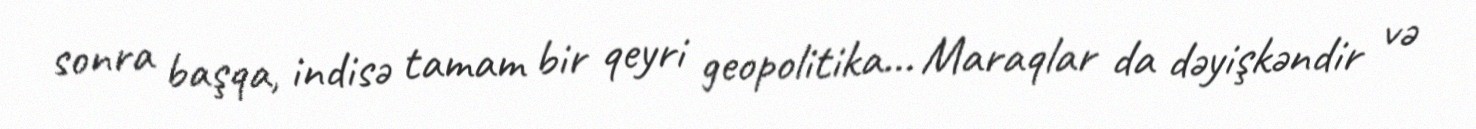
sonra başqa, indisə tamam bir qeyri geopolitika... Maraqlar da dəyişkəndir və